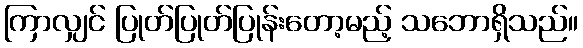
ကြာလျှင် ပြုတ်ပြုတ်ပြုန်းတော့မည့် သဘောရှိသည်။